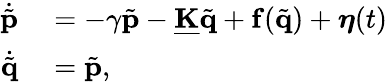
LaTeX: \begin{array}{rl}{\dot{\tilde{\mathbf{p}}}}&{{}=-\gamma\tilde{\mathbf{p}}-\mathbf{\underline{{K}}}\tilde{\mathbf{q}}+\mathbf{f}(\tilde{\mathbf{q}})+\boldsymbol{\eta}(t)}\\ {\dot{\tilde{\mathbf{q}}}}&{{}=\tilde{\mathbf{p}},}\end{array}